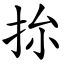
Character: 㧠